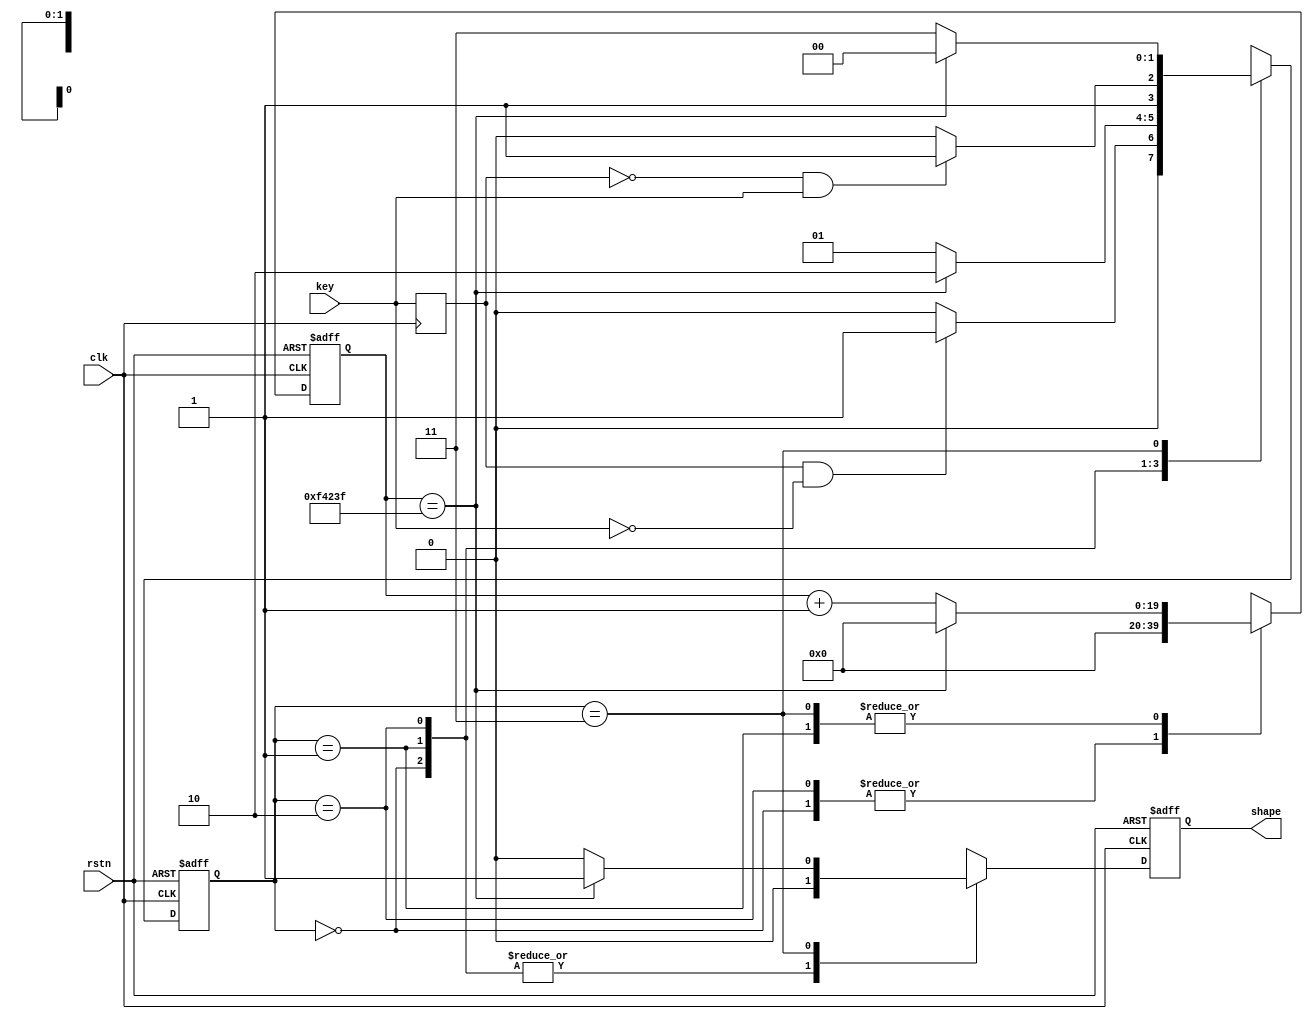
module keyunit (		
	input      clk   ,		  
	input      rstn  ,    
	input      key   ,      //
	output reg shape        //
	);
	
//
//shake shake1(		
//	.clk   (clk  ),		  
//	.rstn  (rstn ),    
//	.key   (key  ),      
//	.shape (shape)  
//);
 
	parameter delay=999999; //20ms50
	reg [19:0]t20ms;
	reg       t    ;
	reg [ 1:0]cm   ;
 
	always@(posedge clk)    //
		t <= key;
	wire thl = t&&(!key);    //t|____key,
	wire tlh = (!t)&&key;    //t____|key,
 
	always@(posedge clk or negedge rstn)
		begin
			if(!rstn)begin
				shape <= 0;
				t20ms <= 0;
				cm    <= 0;
			end else case(cm)
				0:begin
					if(thl)begin  //
						cm    <= 1;
						shape <= 0;
						t20ms <= 0;
					end else begin
						shape <= 0;
						t20ms <= 0;
						cm    <= 0;
					end 
				end
				1:begin
					if(t20ms == delay)begin    //20ms
						shape <= 0;
						t20ms <= 0;
						cm    <= 2;
					end else begin
						shape <= 0;
						t20ms <= t20ms+1;
						cm    <= 1;
					end
				end
				2:begin 
					if(tlh)begin  //
						shape <= 0;
						t20ms <= 0;
						cm    <= 3;
					end else begin
						shape <= 0;
						t20ms <= 0;
						cm    <= 2;
					end
				end
				3:begin
					if(t20ms == delay)begin    //20ms
						shape <= 1;
						t20ms <= 0;
						cm    <= 0;
					end else begin
						shape <= 0;
						t20ms <= t20ms+1;
						cm    <= 3;
					end
				end
				default:begin
					shape <= 0;
					t20ms <= 0;
					cm    <= 0;
				end
			endcase
		end
	
endmodule